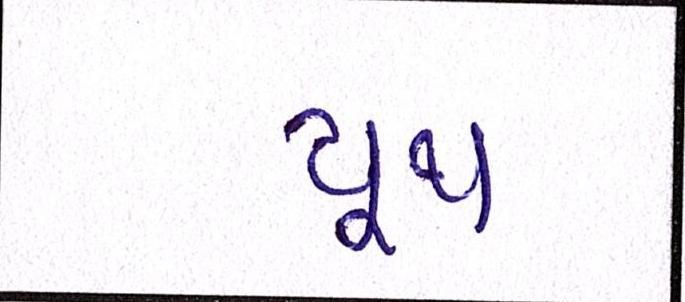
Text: યૂથ